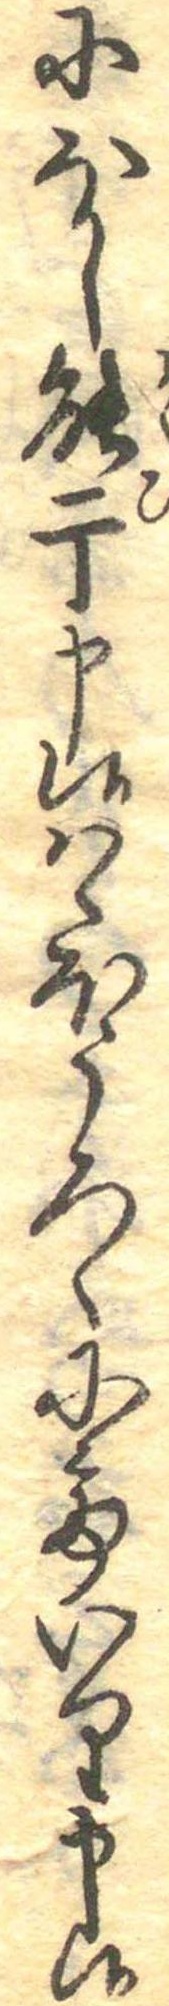
にほし能干申候はゝほうろくにていり申候